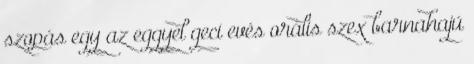
szopás egy az eggyel geci evés orális szex barnahajú